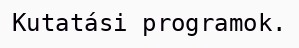
Kutatási programok.